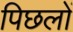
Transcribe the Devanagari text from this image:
पिछलों